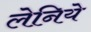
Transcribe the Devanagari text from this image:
लेनिये